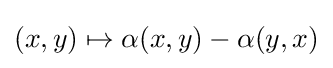
(x,y)\mapsto \alpha (x,y)-\alpha (y,x)